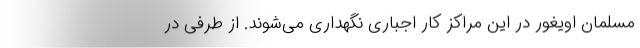
مسلمان اویغور در این مراکز کار اجباری نگهداری می‌شوند. از طرفی در